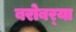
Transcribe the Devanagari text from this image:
बरोबर्‍या